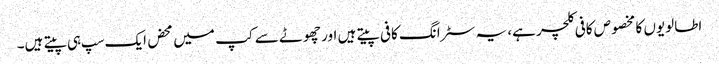
اطالویوں کا مخصوص کافی کلچر ہے، یہ سٹرانگ کافی پیتے ہیں اور چھوٹے سے کپ میں محض ایک سپ ہی پیتے ہیں۔